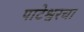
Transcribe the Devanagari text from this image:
पाटेश्वरचा